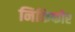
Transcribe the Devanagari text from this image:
निकिफोर